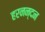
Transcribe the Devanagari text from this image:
हरनन्दन